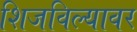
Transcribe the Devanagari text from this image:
शिजविल्यावर